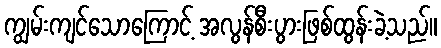
ကျွမ်းကျင်သောကြောင့် အလွန်စီးပွားဖြစ်ထွန်းခဲ့သည်။